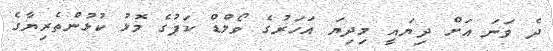
ދެ ވަނަ އަށް ދިޔައީ މިދިޔަ އަހަރުގެ ވޯލްޑް ކަޕުގެ މޮޅު ކުޅުންތެރިޔާގެ